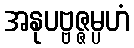
အနုပဗ္ဗဇ္ဇမ္ပဟံ